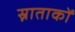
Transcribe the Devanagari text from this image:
स्नाताकों